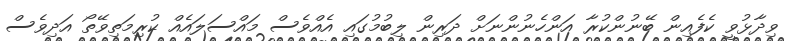
ވިދާޅުވީ ކެފެއިން ބޭނުންކުރާ އަންހެނުންނަށް ދަރިން ލިބުމުގައި އެއްވެސް މައްސަލައެއް ކުރިމަތިވޭތޯ އަދިވެސް